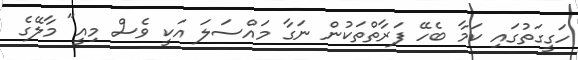
ހަގީގަތުގައި ކަމާ ބެހޭ ފަރާތްތަކުން ނަގާ މައްސަލަ އަކީ ވެސް މިއީ" މާލޭގެ